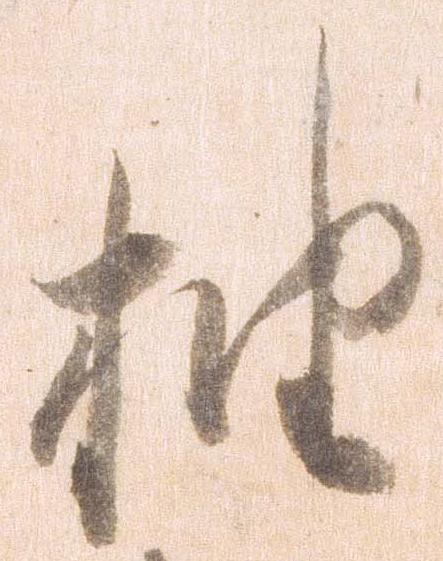
抽